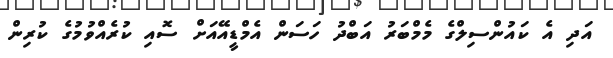
އަދި އެ ކައުންސިލްގެ މެމްބަރު އަބްދު ހަސަން އެމްޑީއޭއަށް ސޮއި ކުރެއްވުމުގެ ކުރިން